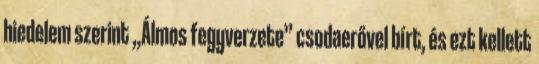
hiedelem szerint „Álmos fegyverzete” csodaerővel bírt, és ezt kellett